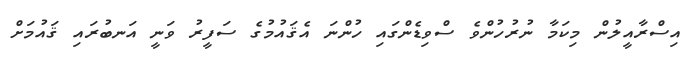
އިސްރާއީލުން މިކަމާ ނުރުހުންވެ ސްވިޑެންގައި ހުންނަ އެޤައުމުގެ ސަފީރު ވަނީ އަނބުރައި ޤައުމަށް